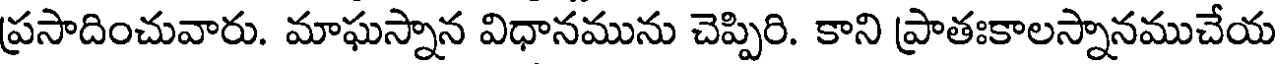
ప్రసాదించువారు. మాఘస్నాన విధానమును చెప్పిరి. కాని ప్రాతఃకాలస్నానముచేయ